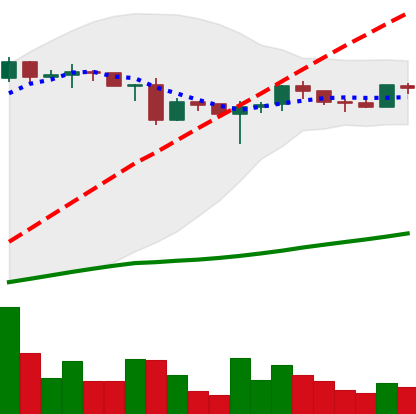
Ticker: ADA-USD
Chart end date: 2020-06-23
Forward return: -3.084%
Label: down_3_5